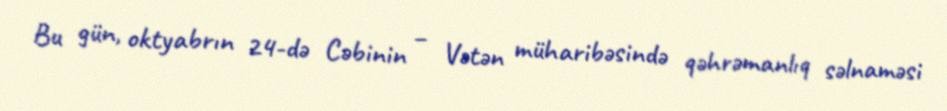
Bu gün, oktyabrın 24-də Cəbinin – Vətən müharibəsində qəhrəmanlıq səlnaməsi